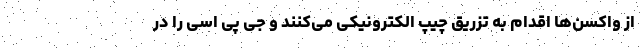
از واکسن‌ها اقدام به تزریق چیپ الکترونیکی می‌کنند و جی پی اسی را در